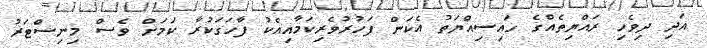
އަދި ދިވެހި ރައްޔިތެއްގެ ހައިސިއްޔަތު އެކަން ފަހުރުވެރިކަމާއިއެކު ފާހަގަކުރާ ކަމަށް ވެސް މިނިސްޓަރު